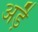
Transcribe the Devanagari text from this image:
अड़ै